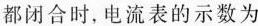
都闭合时，电流表的示数为